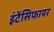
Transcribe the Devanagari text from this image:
इंटेंसिफायर